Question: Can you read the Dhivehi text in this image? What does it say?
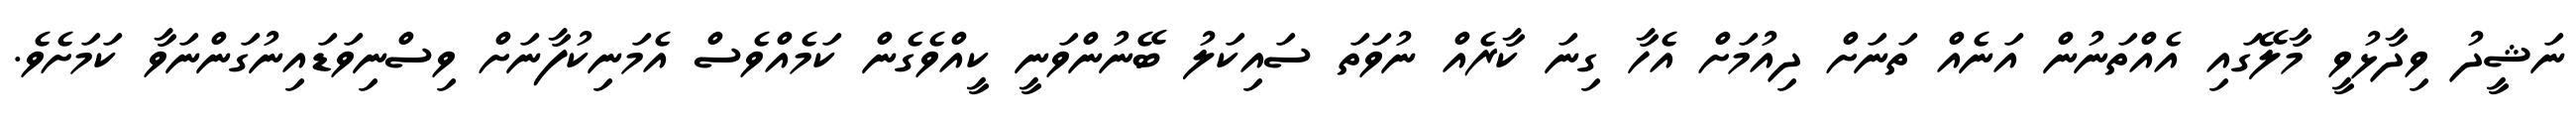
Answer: ނަޝީދު ވިދާޅުވީ މާލޭގައި އެއްތަނުން އަނެއް ތަނަށް ދިއުމަށް އެހާ ގިނަ ކާރެއް ނުވަތަ ސައިކަލު ބޭނުންވަނީ ކީއްވެގެން ކަމެއްވެސް އެމަނިކުފާނަށް ވިސްނިވަޑައިނުގަންނަވާ ކަމަށެވެ.